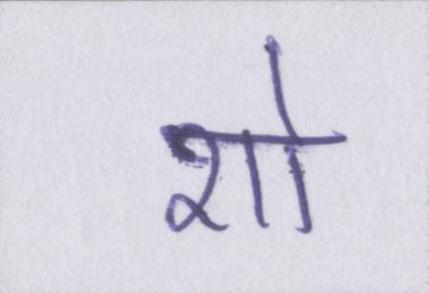
शो